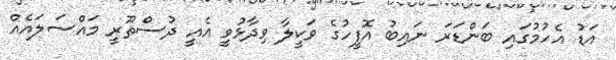
އަޑު އެހުމުގައި ބަންޑަރަ ނައިބު އޮފީހުގެ ވަކީލާ ވިދާޅުވީ އެއީ ދުސްތޫރީ މައްސަލައެއް